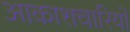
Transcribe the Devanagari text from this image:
आकाशचारियों